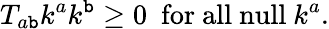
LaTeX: T_{a\mathtt{b}}k^{a}k^{\mathtt{b}}\geq0~~\mathrm{{for~all~null}}~k^{a}.